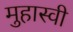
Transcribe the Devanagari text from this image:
मुहास्वी